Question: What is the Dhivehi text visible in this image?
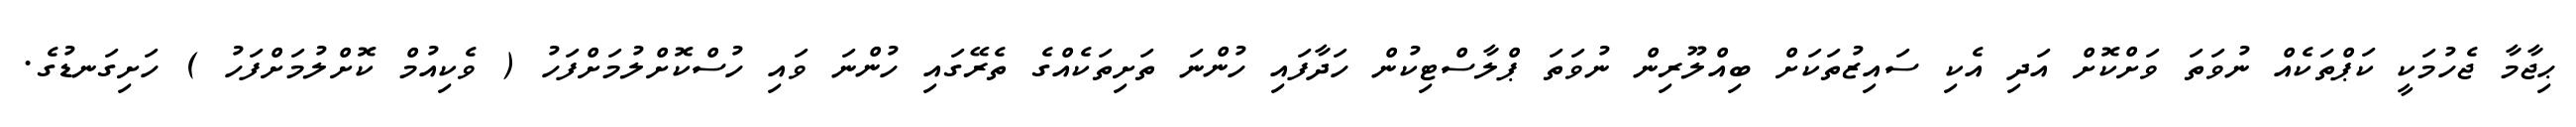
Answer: ޙިޖާމާ ޖެހުމަކީ ކަޕްތަކެއް ނުވަތަ ވަށްކޮށް އަދި އެކި ސައިޒުތަކަށް ބިއްލޫރިން ނުވަތަ ޕްލާސްޓިކުން ހަދާފައި ހުންނަ ތަށިތަކެއްގެ ތެރޭގައި ހުންނަ ވައި ހުސްކޮށްލުމަށްފަހު ( ވެކިއުމް ކޮށްލުމަށްފަހު ) ހަށިގަނޑުގެ.